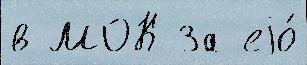
в МОК За еjо́